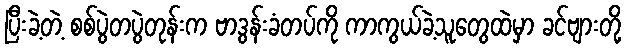
ပြီးခဲ့တဲ့ စစ်ပွဲတပွဲတုန်းက ဗာဒွန်းခံတပ်ကို ကာကွယ်ခဲ့သူတွေထဲမှာ ခင်ဗျားတို့